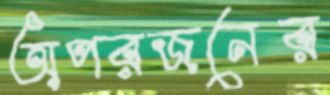
অপরজনের